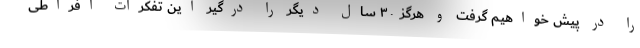
را در پیش خواهیم گرفت و هرگز ۳۰ سال دیگر را درگیر این تفکرات افراطی